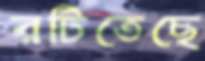
রটিতেছে